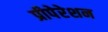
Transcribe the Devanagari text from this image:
प्रीपेरेशन